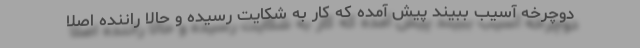
دوچرخه آسیب ببیند پیش آمده که کار به شکایت رسیده و حالا راننده اصلا